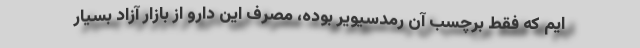
ایم که فقط برچسب آن رمدسیویر بوده، مصرف این دارو از بازار آزاد بسیار